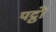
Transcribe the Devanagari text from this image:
पट्ठों